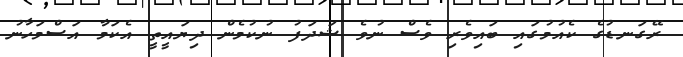
ރޭގަނޑުގެ ކެއުމުގައި ބައިވެރި ވެސް ނުވެ ޝަދަފު ނުކުމެން ދިޔައީތީ އެކަމާ އަސްމަހާނު